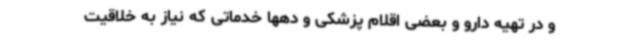
و در تهیه دارو و بعضی اقلام پزشکی و دهها خدماتی که نیاز به خلاقیت